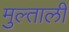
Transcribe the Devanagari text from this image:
मुल्ताली